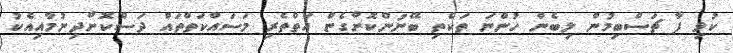
ކުޅި ފާ ޗަސްބިމުން ލިބެން ހުންނަ ތަކެތި ބޭނުންކޮށްގެން އަތްތެރި މަސައްކަތްތައް ދަސްކޮށްދިނުމާއިއެކު